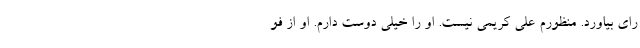
رای بیاورد. منظورم علی کریمی نیست. او را خیلی دوست دارم. او از فو